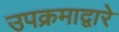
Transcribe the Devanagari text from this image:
उपक्रमाद्वारे